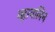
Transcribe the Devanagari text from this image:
व्हायलिन